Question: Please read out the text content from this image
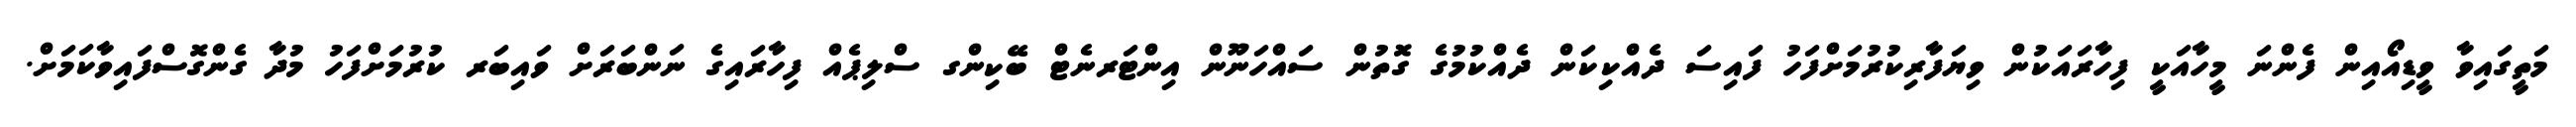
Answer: މަތީގައިވާ ވީޑިއޯއިން ފެންނަ މީހާއަކީ ފިހާރައަކުން ވިޔަފާރިކުރުމަށްފަހު ފައިސަ ދެއްކިކަން ދެއްކުމުގެ ގޮތުން ސައްހަނޫން އިންޓަރނެޓް ބޭކިންގ ސްލިޕެއް ފިހާރައިގެ ނަންބަރަށް ވައިބަރ ކުރުމަށްފަހު މުދާ ގެންގޮސްފައިވާކަމަށް.